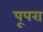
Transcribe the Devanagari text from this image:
पूपरा